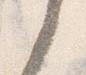
之